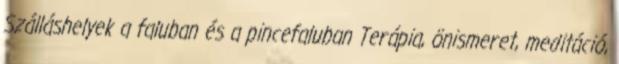
Szálláshelyek a faluban és a pincefaluban Terápia, önismeret, meditáció,